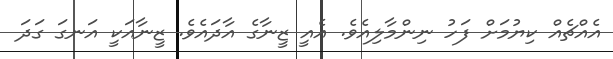
އެއްޗެއް ކިޔުމަށް ފަހު ނިންމާލިއެވެ. އެއީ ޒީނާގެ އާދައެވެ. ޒީނާއަކީ އަނގަ ގަދަ